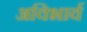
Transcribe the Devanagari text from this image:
अविभार्व